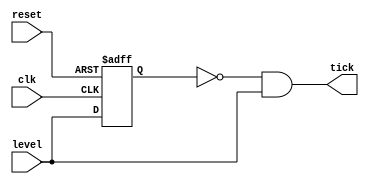
// Listing 5.5
module edge_detect_gate
   (
    input wire  clk, reset,
    input wire  level,
    output wire tick
   );

   // signal declaration
   reg delay_reg;

   // delay register
    always @(posedge clk, posedge reset)
       if (reset)
          delay_reg <= 1'b0;
       else
          delay_reg <= level;

   // decoding logic
   assign tick = ~delay_reg & level;

endmodule